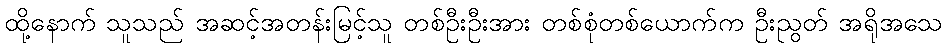
ထို့နောက် သူသည် အဆင့်အတန်းမြင့်သူ တစ်ဦးဦးအား တစ်စုံတစ်ယောက်က ဦးညွတ် အရိုအသေ